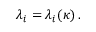
\lambda _ { i } = \lambda _ { i } ( \kappa ) \, .